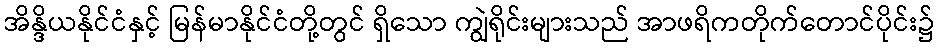
အိန္ဒိယနိုင်ငံနှင့် မြန်မာနိုင်ငံတို့တွင် ရှိသော ကျွဲရိုင်းများသည် အာဖရိကတိုက်တောင်ပိုင်း၌